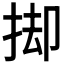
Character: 𢭙